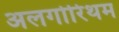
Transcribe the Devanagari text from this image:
अलगोरिथम